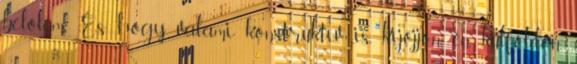
belőlem. És hogy valami konstruktív is kijöjjön, én külföldön